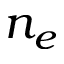
n _ { e }